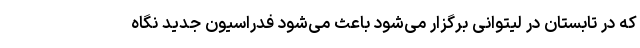
که در تابستان در لیتوانی برگزار می‌شود باعث می‌شود فدراسیون جدید نگاه